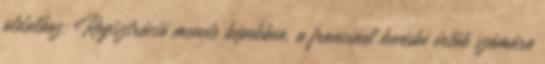
oldalhoz: Regisztráció menete képekben, a franciául kevésbé értők számára